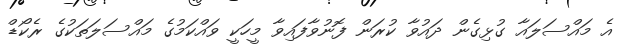
އެ މައްސަލައާ ގުޅިގެން ދައުވާ ކުރަން ފޮނުވާފައިވާ މީހަކީ ވައްކަމުގެ މައްސަލަތަކުގެ ރެކޯޑް